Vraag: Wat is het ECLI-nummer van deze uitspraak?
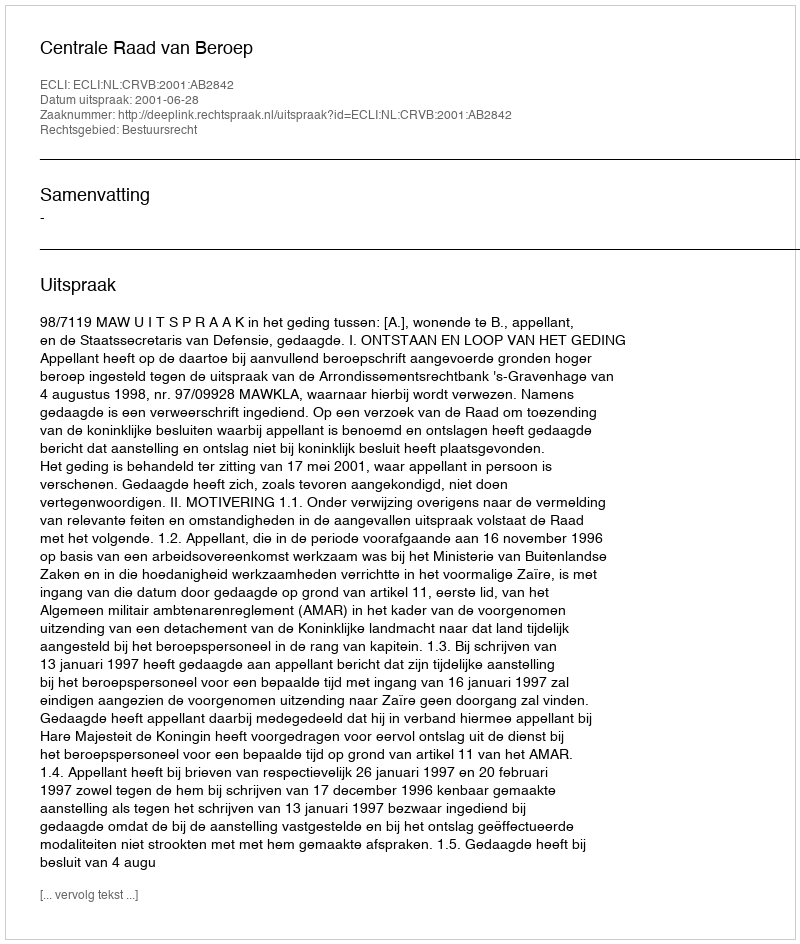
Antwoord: ECLI:NL:CRVB:2001:AB2842